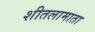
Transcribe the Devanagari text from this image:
शीतलामाता